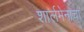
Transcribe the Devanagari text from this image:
शार्लमेनाचा